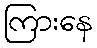
ကြားနေ